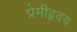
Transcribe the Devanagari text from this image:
प्रेमीहृदय